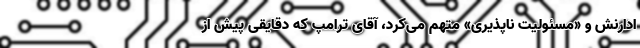
ادارنش و «مسئولیت ناپذیری» متهم می‌کرد، آقای ترامپ که دقایقی پیش از